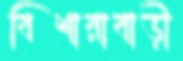
বিশারাবাড়ী